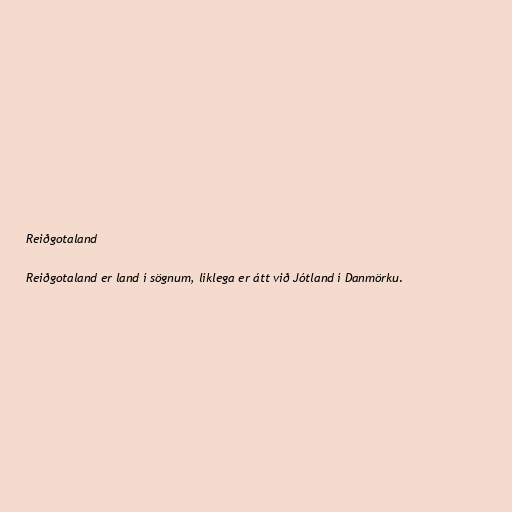
Reiðgotaland

Reiðgotaland er land í sögnum, líklega er átt við Jótland í Danmörku.